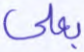
بعلي